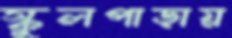
স্কুলপাড়ায়